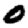
Digit: 0